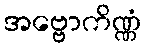
အဗ္ဗောကိဏ္ဏံ